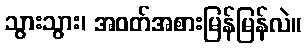
သွားသွား၊ အဝတ်အစားမြန်မြန်လဲ။